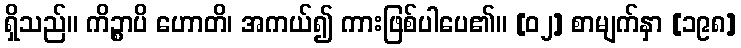
ရှိသည်။ ကိဉ္စာပိ ဟောတိ၊ အကယ်၍ ကားဖြစ်ပါပေ၏။ [၀၂] စာမျက်နှာ [၁၉၈]